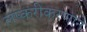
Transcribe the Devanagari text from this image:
लष्करीकरणाने